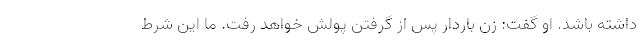
داشته باشد. او گفت: زن باردار پس از گرفتن پولش خواهد رفت. ما این شرط